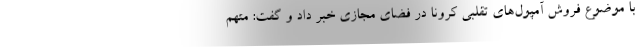
با موضوع فروش آمپول‌های تقلبی کرونا در فضای مجازی خبر داد و گفت: متهم